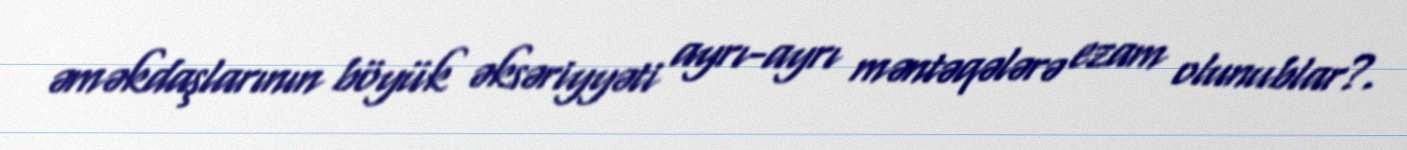
əməkdaşlarının böyük əksəriyyəti ayrı-ayrı məntəqələrə ezam olunublar?.